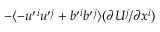
- \langle { - u ^ { \prime } { } ^ { i } u ^ { \prime } { } ^ { j } + b ^ { \prime } { } ^ { i } b ^ { \prime } { } ^ { j } } \rangle ( \partial U ^ { j } / \partial x ^ { i } )